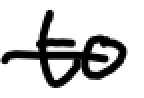
Text: to
Cross-out: single-line
Writing tool: digital_black